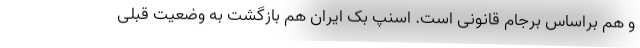
و هم براساس برجام قانونی است. اسنپ بک ایران هم بازگشت به وضعیت قبلی